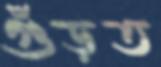
গুঁড়ত